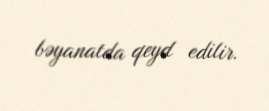
bəyanatda qeyd edilir.